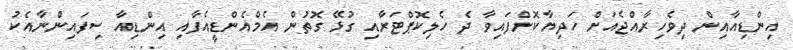
އިންޑިއާއިން ދިވެހިރާއްޖެއަށް ހަދިޔާކޮށްފައިވާ ދެ ހެލިކޮޕްޓަރާއި ގުޅޭ ގޮތުން އެމްއެންޑީއެފާއި އިންޑިއާ ސިފައިންނާއެކު